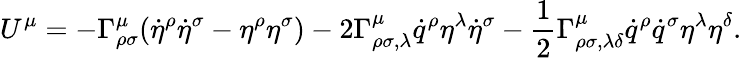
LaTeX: U^{\mu}=-\Gamma_{\rho\sigma}^{\mu}(\dot{\eta}^{\rho}\dot{\eta}^{\sigma}-\eta^{\rho}\eta^{\sigma})-2\Gamma_{\rho\sigma,\lambda}^{\mu}\dot{q}^{\rho}\eta^{\lambda}\dot{\eta}^{\sigma}-\frac{1}{2}\Gamma_{\rho\sigma,\lambda\delta}^{\mu}\dot{q}^{\rho}\dot{q}^{\sigma}\eta^{\lambda}\eta^{\delta}.